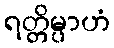
ရတ္တိမ္ပာဟံ